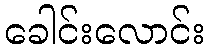
ခေါင်းလောင်း